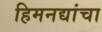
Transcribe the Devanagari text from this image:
हिमनद्यांचा